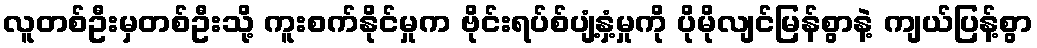
လူတစ်ဦးမှတစ်ဦးသို့ ကူးစက်နိုင်မှုက ဗိုင်းရပ်စ်ပျံ့နှံ့မှုကို ပိုမိုလျင်မြန်စွာနဲ့ ကျယ်ပြန့်စွာ